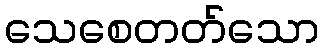
သေစေတတ်သော